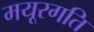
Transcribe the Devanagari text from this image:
मयूरगति